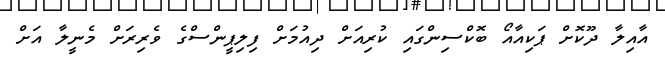
އާއިލާ ދޫކޮށް ޕަކިއާއޯ ބޮކްސިންގައި ކުރިއަށް ދިއުމަށް ފިލިޕީންސްގެ ވެރިރަށް މެނީލާ އަށް